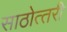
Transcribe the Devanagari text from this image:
साठोत्‍तरी